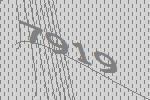
7919